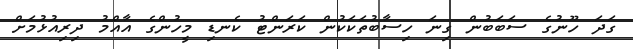
ގަދަ ހޫނުގެ ސަބަބުން ގިނަ ހިސާބުތަކަކުން ކަރަންޓު ކެނޑި މީހުންގެ އާއްމު ދިރިއުޅުމަށް